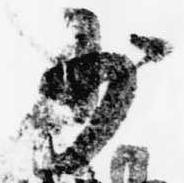
少